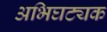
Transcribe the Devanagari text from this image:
अभिघट्यक